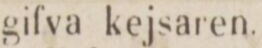
gifva kejsaren.